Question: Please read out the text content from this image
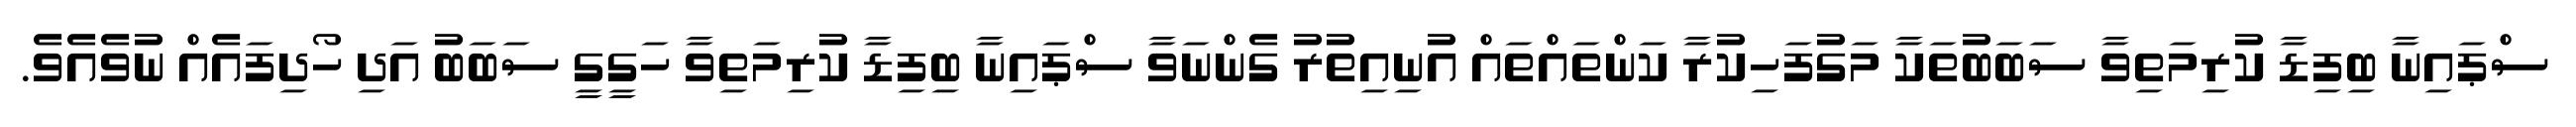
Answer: ސްޕައިނާ ބިފިޑާ ކުރިމަތިވާ ސަބަބުތަކާ މަގުފަހިކުރާ ކަންތައްތައް އުނިއިތުރު ގެންނަވާ ސްޕައިނާ ބިފިޑާ ކުރިމަތިވާ ހަގީގީ ސަބަބު އަދި ހޯދިފައެއް ނުވެއެވެ.